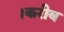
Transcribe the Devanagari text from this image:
।करीब